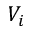
V _ { i }